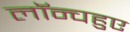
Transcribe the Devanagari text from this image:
लॉन्चहुए